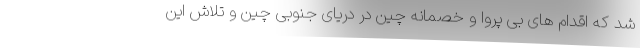
شد که اقدام های بی پروا و خصمانه چین در دریای جنوبی چین و تلاش این